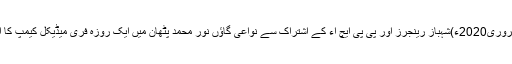
21 فروری2020ء)شہباز رینجرز اور پی پی ایچ آء کے اشتراک سے نواعی گاؤں نور محمد پٹھان میں ایک روزہ فری میڈیکل کیمپ کا انعقاد۔